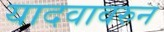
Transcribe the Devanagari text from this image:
यादवावरुन